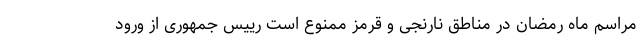
مراسم ماه رمضان در مناطق نارنجی و قرمز ممنوع است رییس جمهوری از ورود